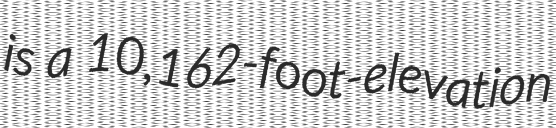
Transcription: is a 10,162-foot-elevation